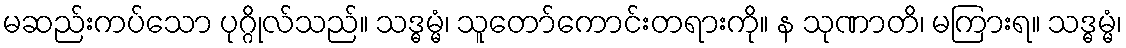
မဆည်းကပ်သော ပုဂ္ဂိုလ်သည်။ သဒ္ဓမ္မံ၊ သူတော်ကောင်းတရားကို။ န သုဏာတိ၊ မကြားရ။ သဒ္ဓမ္မံ၊